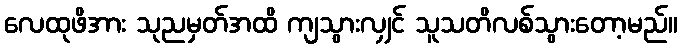
လေထုဖိအား သုညမှတ်အထိ ကျသွားလျှင် သူသတိလစ်သွားတော့မည်။